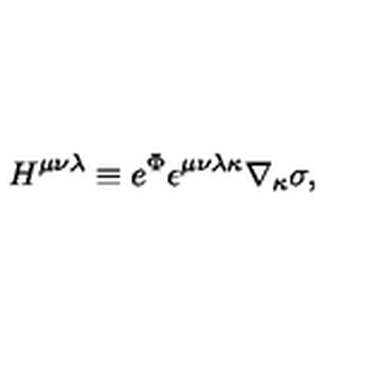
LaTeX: H ^ { \mu \nu \lambda } \equiv e ^ { \Phi } \epsilon ^ { \mu \nu \lambda \kappa } \nabla _ { \kappa } \sigma ,